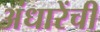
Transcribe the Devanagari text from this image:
अंधारेंची